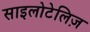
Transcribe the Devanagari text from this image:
साइलोटेलिज़